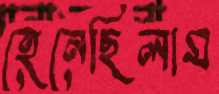
হেনেছিলাম